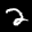
Label: 2